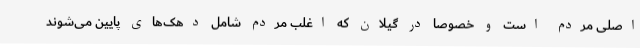
اصلی مردم است و خصوصا در گیلان که اغلب مردم شامل دهک‌های پایین می‌شوند